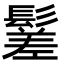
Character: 䰈